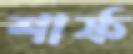
শার্ফ